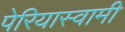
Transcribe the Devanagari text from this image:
पेरियास्वामी